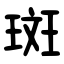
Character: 斑